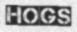
HOGS